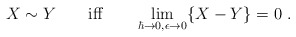
\begin{align*}X \sim Y \qquad\mbox{iff} \qquad \lim_{\hbar \to 0, \epsilon \to 0} \{X-Y\}=0~.\end{align*}